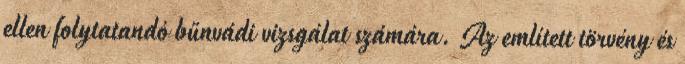
ellen folytatandó bűnvádi vizsgálat számára. Az említett törvény és